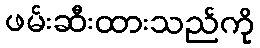
ဖမ်းဆီးထားသည်ကို